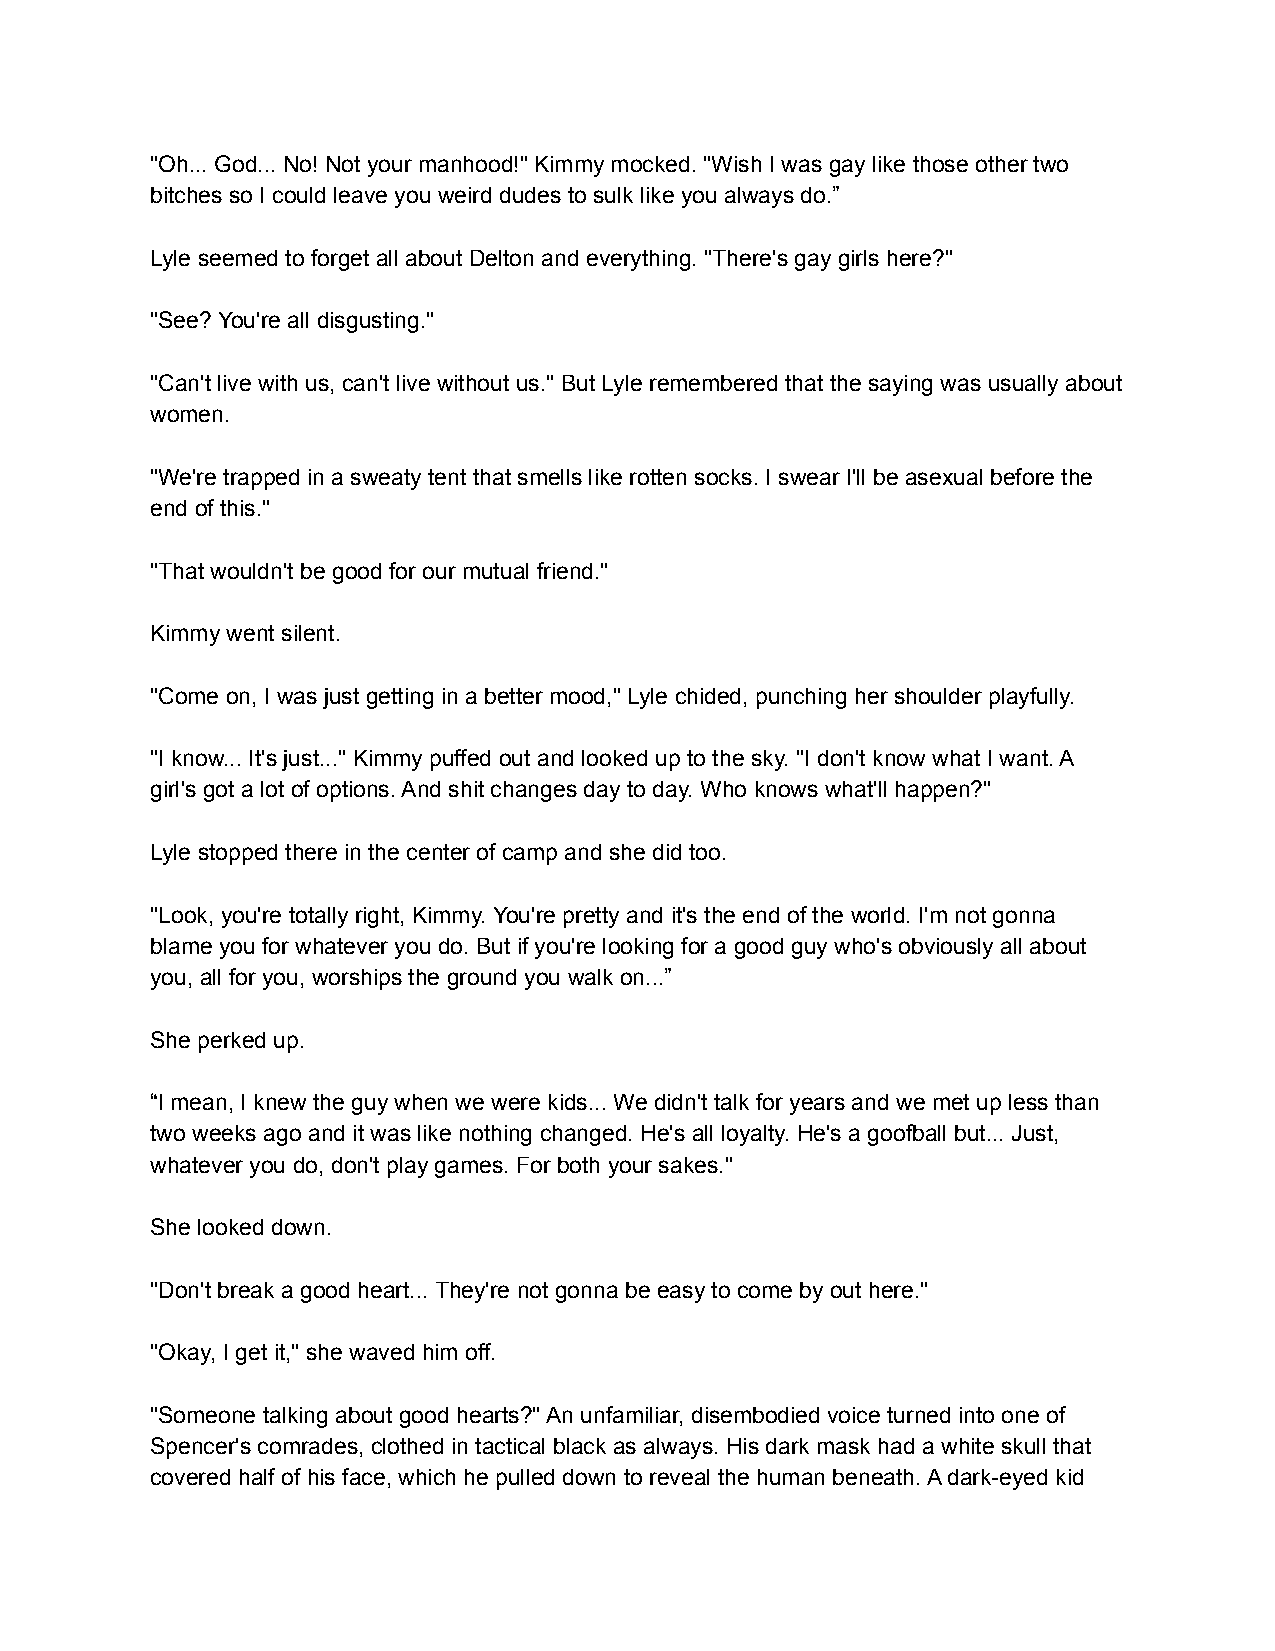
"Oh... God... No! Not your manhood!" Kimmy mocked. "Wish I was gay like those other two
 bitches so I could leave you weird dudes to sulk like you always do.”
 Lyle seemed to forget all about Delton and everything. "There's gay girls here?"
 "See? You're all disgusting."
 "Can't live with us, can't live without us." But Lyle remembered that the saying was usually about
 women.
 "We're trapped in a sweaty tent that smells like rotten socks. I swear I'll be asexual before the
 end of this."
 "That wouldn't be good for our mutual friend."
 Kimmy went silent.
 "Come on, I was just getting in a better mood," Lyle chided, punching her shoulder playfully.
 "I know... It's just..." Kimmy puffed out and looked up to the sky. "I don't know what I want. A
 girl's got a lot of options. And shit changes day to day. Who knows what'll happen?"
 Lyle stopped there in the center of camp and she did too.
 "Look, you're totally right, Kimmy. You're pretty and it's the end of the world. I'm not gonna
 blame you for whatever you do. But if you're looking for a good guy who's obviously all about
 you, all for you, worships the ground you walk on...”
 She perked up.
 “I mean, I knew the guy when we were kids... We didn't talk for years and we met up less than
 two weeks ago and it was like nothing changed. He's all loyalty. He's a goofball but... Just,
 whatever you do, don't play games. For both your sakes."
 She looked down.
 "Don't break a good heart... They're not gonna be easy to come by out here."
 "Okay, I get it," she waved him off.
 "Someone talking about good hearts?" An unfamiliar, disembodied voice turned into one of
 Spencer's comrades, clothed in tactical black as always. His dark mask had a white skull that
 covered half of his face, which he pulled down to reveal the human beneath. A dark-eyed kid